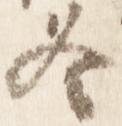
冬